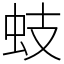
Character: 蚑